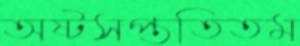
অষ্টসপ্ততিতম